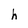
Character: T